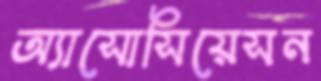
অ্যাসোসিয়েসন